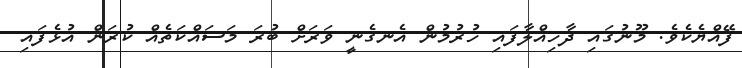
ފޭއްޔެކެވެ. މޫނުގައި ދާހިއްލާފައި ހުރުމުން އެނގެނީ ވަރަށް ބުރަ މަސައްކަތެއް ކުރަން އުޅެފައި